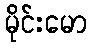
မိုင်းမော